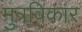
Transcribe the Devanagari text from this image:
मुत्रविकार